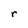
Character: r